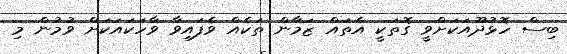
ބިސް ހޮޅުދޫއަކަށްވީ ގޮތަކީ އެތައް ޒަމާން ތަކެއް ވެފައިވާ ވާހަކައަކަށް ވުމުން މި